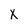
Character: X